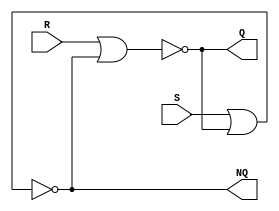
module Lab3_SR_Latch_gatelevel(output Q, NQ, input S, R);
  //wire w1, w2;
  nor   #2  G1(Q, R, NQ),
            G2(NQ, S, Q);
endmodule